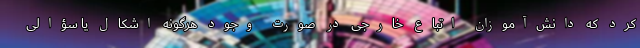
کرد که دانش‌آموزان اتباع خارجی در صورت وجود هرگونه اشکال یا سؤالی